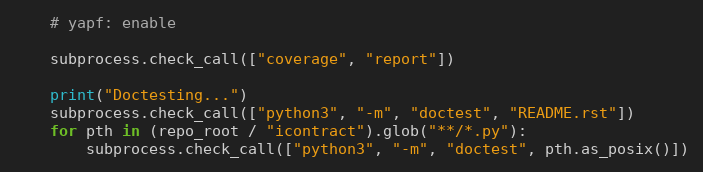
Language: Python
    # yapf: enable

    subprocess.check_call(["coverage", "report"])

    print("Doctesting...")
    subprocess.check_call(["python3", "-m", "doctest", "README.rst"])
    for pth in (repo_root / "icontract").glob("**/*.py"):
        subprocess.check_call(["python3", "-m", "doctest", pth.as_posix()])